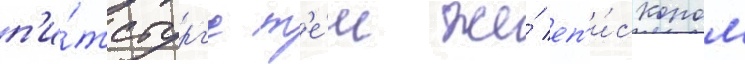
п'и́тсбург'е т'е́м же́ еп'и́скопом